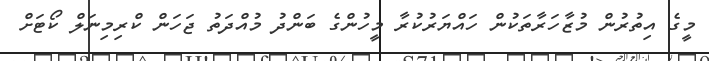
މީގެ އިތުރުން މުޒާހަރާތަކުން ހައްޔަރުކުރާ މީހުންގެ ބަންދު މުއްދަތު ޖަހަން ކްރިމިނަލް ކޯޓަށް